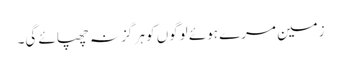
زمین مرے ہوئے لوگوں کو ہر گز نہ چھپائے گی۔